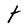
Character: t